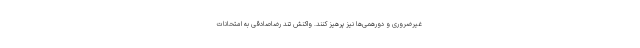
غیرضروری و دورهمی‌ها نیز پرهیز کنند. واکنش تند رضاصادقی به امتحانات